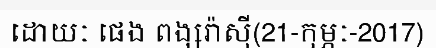
ដោយៈ ផេង ពង្សរ៉ាស៊ី(21-កុម្ភៈ-2017)